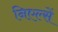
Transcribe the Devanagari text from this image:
निएल्सें